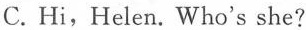
C. Hi,Helen. Who's she?